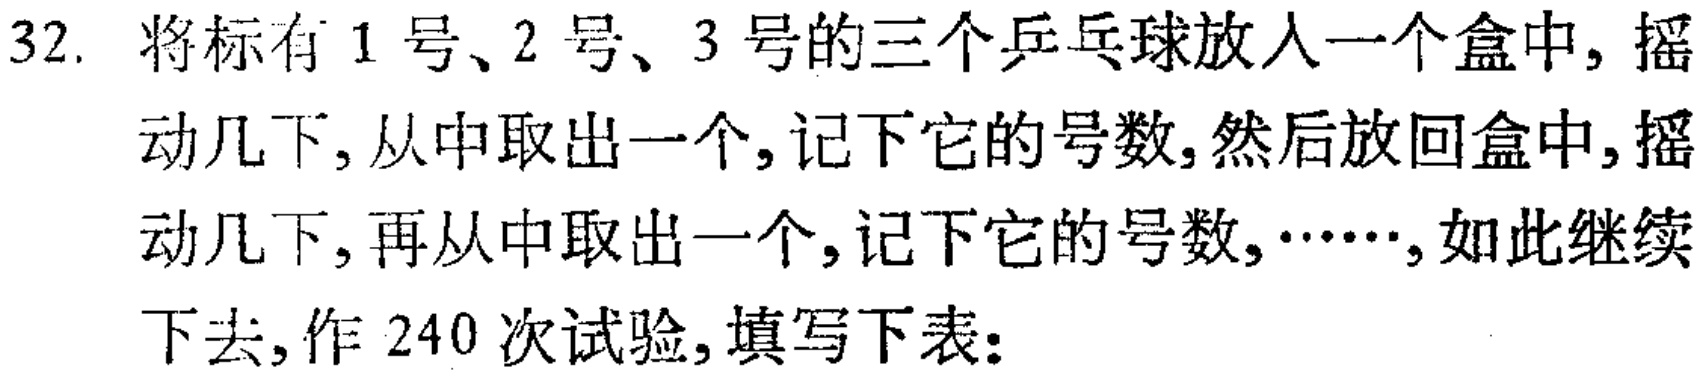
32. 将标有 1 号、2 号、3 号的三个乒乓球放入一个盒中, 摇动几下, 从中取出一个, 记下它的号数, 然后放回盒中, 摇动几下, 再从中取出一个, 记下它的号数, ……, 如此继续下去, 作 240 次试验, 填写下表: